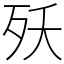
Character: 殀